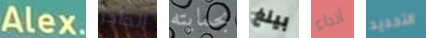
Alex. الحاجز بحمايته بينغ أثداء التحديد